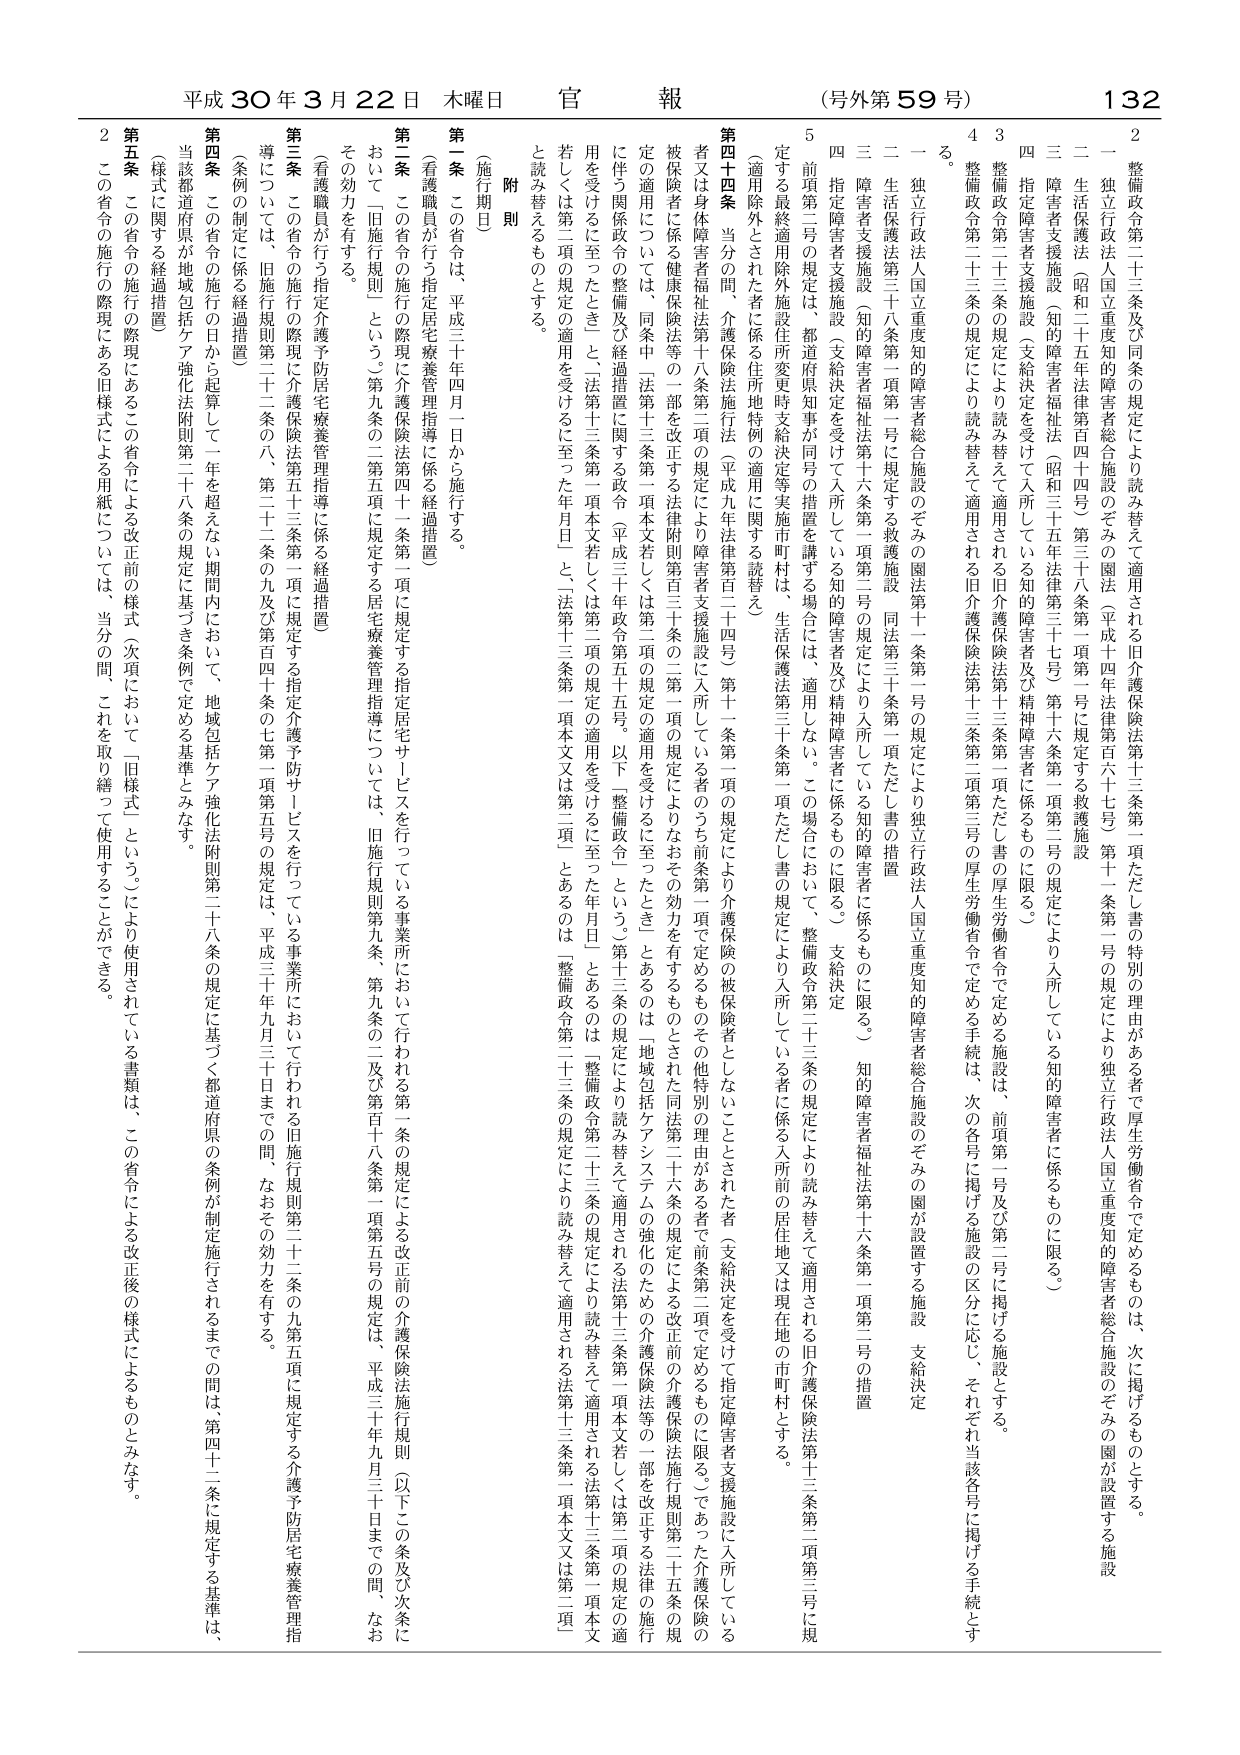
平成30年3月22日 木曜日 官報 (号外第59号) 132

附則

（施行期日）

第一条 この省令は、平成三十年四月一日から施行する。

（看護職員が行う指定居宅療養管理指導に係る経過措置）

第二条 この省令の施行の際現に介護保険法第四十一条第一項に規定する指定居宅サービスを行っている事業所において行われる第一条の規定による改正前の介護保険法施行規則（以下この条及び次条において「旧施行規則」という。）第九条の第二項第五号に規定する居宅療養管理指導については、旧施行規則第九条、第九条の二及び第百十八条第一項第五号の規定は、平成三十年九月三十日までの間、なおその効力を有する。

（看護職員が行う指定介護予防居宅療養管理指導に係る経過措置）

第三条 この省令の施行の際現に介護保険法第五十三条第一項に規定する指定介護予防サービスを行っている事業所において行われる旧施行規則第二十二条の九第五項に規定する介護予防居宅療養管理指導については、旧施行規則第二十二条の八、第二十二条の九及び第百四十条の七第一項第五号の規定は、平成三十年九月三十日までの間、なおその効力を有する。

（条例の制定に係る経過措置）

第四条 この省令の施行の日から起算して一年を超えない期間内において、地域包括ケア強化法附則第二十八条の規定に基づき条例で定める基準とみなす。

当該都道府県が地域包括ケア強化法附則第二十八条の規定に基づく都道府県の条例が制定施行されるまでの間は、第四十二条に規定する基準は、（様式に関する経過措置）

第五条 この省令の施行の際現にあるこの省令による改正前の様式（次項において「旧様式」という。）により使用されている書類は、この省令による改正後の様式によるものとみなす。

２ この省令の施行の際現にある旧様式による用紙については、当分の間、これを取り繕って使用することができる。

2 整備政令第二十三条及び同条の規定により読み替えて適用される旧介護保険法第十三条第一項ただし書の特別の理由がある者で厚生労働省令で定めるものは、次に掲げるものとする。

一 独立行政法人国立重度知的障害者総合施設のぞみの園法（平成十四年法律第百六十七号）第十一一条第一号の規定により独立行政法人国立重度知的障害者総合施設のぞみの園が設置する施設

二 生活保護法（昭和二十五年法律第百四号）第三十八条第一項第一号に規定する救護施設

三 障害者支援施設（知的障害者福祉法（昭和三十五年法律第三十七号）第十六条第一項の規定により入所している知的障害者に係るものに限る。）

四 指定障害者支援施設（支給決定を受けている知的障害者及び精神障害者に係るものに限る。）

3 整備政令第二十三条の規定により読み替えて適用される旧介護保険法第十三条第一項ただし書の厚生労働省令で定める施設は、前項第一号及び第二号に掲げる施設の区分に応じ、それぞれ当該各号に掲げる手続とする。

4 整備政令第二十三条の規定により読み替えて適用される旧介護保険法第十三条第一項第三号の厚生労働省令で定める手続は、次の各号に掲げる施設の区分に応じ、それぞれ当該各号に掲げる手続とする。

一 独立行政法人国立重度知的障害者総合施設のぞみの園法第十一条第一号の規定により独立行政法人国立重度知的障害者総合施設のぞみの園が設置する施設（支給決定）

二 生活保護法第三十八条第一項第一号に規定する救護施設（同法第三十条第一項ただし書の措置）

三 障害者支援施設（知的障害者福祉法第十六条第一項第一号の規定により入所している知的障害者に係るものに限る。）知的障害者福祉法第十六条第一項第三号の措置

四 指定障害者支援施設（支給決定を受けている知的障害者及び精神障害者に係るものに限る。）支給決定

5 前項第二号の規定は、都道府県知事が同号の措置を講ずる場合には、適用しない。この場合において、整備政令第二十三条の規定により読み替えて適用される旧介護保険法第十三条第一項第三号に規定する最終適用除外施設住所変更時支給決定等実施市町村は、生活保護法第三十条第一項ただし書の規定により入所している者に係る入所前の居住地又は現在地の市町村とする。

第四十四条 当分の間、介護保険法施行法（平成九年法律第百二十四号）第十一条第一項の規定により介護保険の被保険者でないことをされた者（支給決定を受けた指定障害者支援施設に入所している者又は身体障害者福祉法第十八条第一項の規定により障害者支援施設に入所している者のうち前条第一項で定めるものその他特別の理由がある者で前条第二項で定めるものに限る。）であった介護保険の被保険者に係る健康保険法等の一部を改正する法律附則第三十条の二第一項の規定によりなおその効力を有するものとされた同法第二十六条の規定による改正前の介護保険法施行規則第二十五条の規定の適用については、同条中「法第十三条第一項本文若しくは第二項の規定の適用を受けるに至ったとき」とあるのは「地域包括ケアシステムの強化のための介護保険法等の一部を改正する法律第十三条第一項本文若しくは第二項の規定の適用を受けるに至った年月日」と、法第十三条第一項本文又は第二項」とあるのは「整備政令第二十三条の規定により読み替えて適用される法第十三条第一項本文又は第二項」と読み替えるものとする。

若しくは第二項の規定の適用を受けるに至った年月日」と、法第十三条第一項本文又は第二項」とあるのは「整備政令第二十三条の規定により読み替えて適用される法第十三条第一項本文又は第二項」と読み替えるものとする。